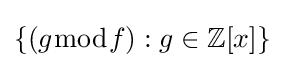
\lbrace (g{\bmod {f}}):g\in \mathbb {Z} [x]\rbrace